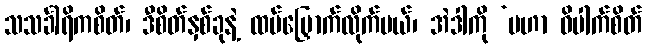
သသင်္ခါရိကစိတ်၊ ဒီစိတ်နှစ်ခုနဲ့ ထပ်မြှောက်လိုက်မယ်၊ အဲဒါကို ‘မဟာ ဝိပါက်စိတ်